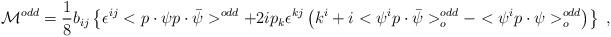
LaTeX: \begin{align*}{\cal M}^{odd} = \frac 18 b_{ij} \left\{ \epsilon^{ij} <p \cdot \psi p \cdot \bar \psi>^{odd} + 2 i p_k \epsilon^{kj} \left (k^i + i <\psi^i p \cdot \bar \psi>^{odd}_o- <\psi^i p \cdot \psi >^{odd}_o \right) \right\} \;,\end{align*}